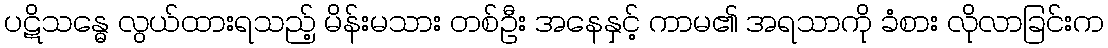
ပဋိသန္ဓေ လွယ်ထားရသည့် မိန်းမသား တစ်ဦး အနေနှင့် ကာမ၏ အရသာကို ခံစား လိုလာခြင်းက